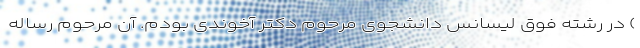
) در رشته فوق لیسانس دانشجوی مرحوم دکتر آخوندی بودم. آن مرحوم رساله